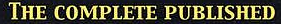
THE COMPLETE PUBLISHED